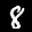
Label: 8